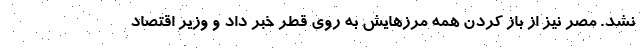
نشد. مصر نیز از باز کردن همه مرزهایش به روی قطر خبر داد و وزیر اقتصاد